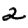
Digit: 2